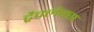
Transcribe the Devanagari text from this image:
ट्रैवलेक्स